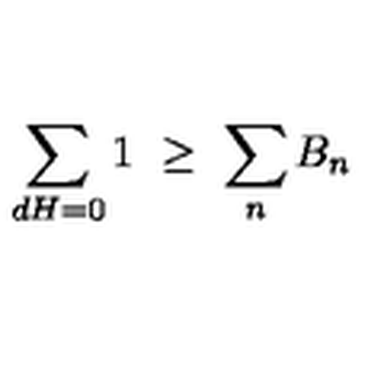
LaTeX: \sum _ { d H = 0 } 1 \ \geq \ \sum _ { n } B _ { n }